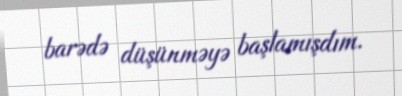
barədə düşünməyə başlamışdım.